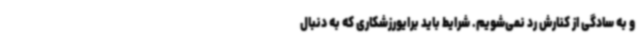
و به سادگی از کنارش رد نمی‌شویم. شرایط باید برایورزشکاری که به دنبال